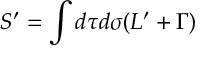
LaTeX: S ^ { \prime } = \int d \tau d \sigma ( { \cal L } ^ { \prime } + \Gamma )